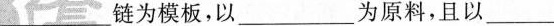
___链为模板，以___为原料，且以___